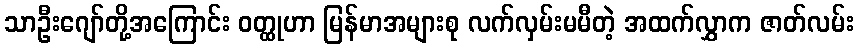
သာဦးဂျော်တို့အကြောင်း ဝတ္ထုဟာ မြန်မာအများစု လက်လှမ်းမမီတဲ့ အထက်လွှာက ဇာတ်လမ်း